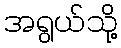
အရွယ်သို့